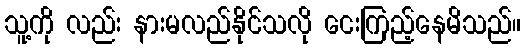
သူ့ကို လည်း နားမလည်နိုင်သလို ငေးကြည့်နေမိသည်။